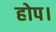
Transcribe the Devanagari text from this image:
होप।